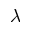
\lambda